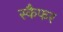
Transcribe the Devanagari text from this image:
स्कैफर